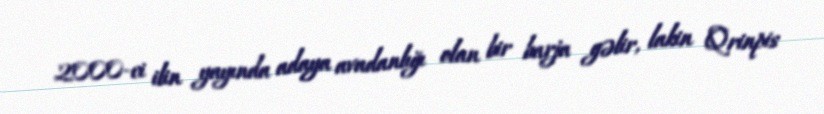
2000-ci ilin yayında adaya avadanlığı olan bir barja gəlir, lakin Qrinpis